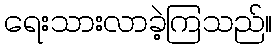
ရေးသားလာခဲ့ကြသည်။